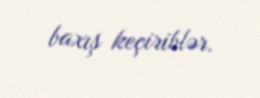
baxış keçiriblər.